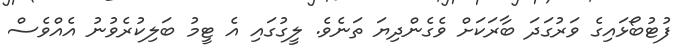
ފުޓުބޯޅައިގެ ވަރުގަދަ ބާރަކަށް ވެގެންދިޔަ ތަނެވެ. ލީގުގައި އެ ޓީމު ބަލިކުރެވުނު އެއްވެސް